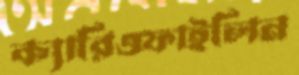
ক্যারিওফাইলিন